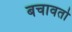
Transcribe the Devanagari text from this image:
बचावतो